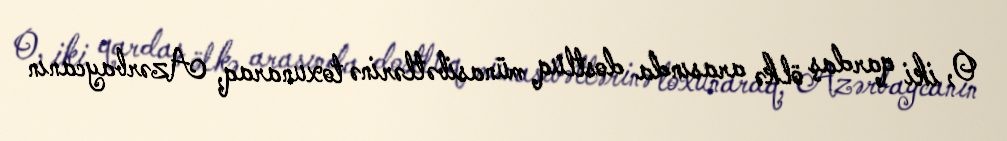
O, iki qardaş ölkə arasında dostluq münasibətlərinə toxunaraq, Azərbaycanın